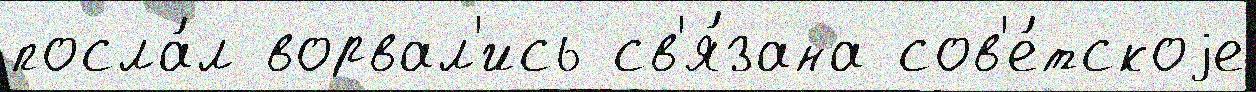
посла́л ворвал'ись св'я́зана сов'е́тскоjе